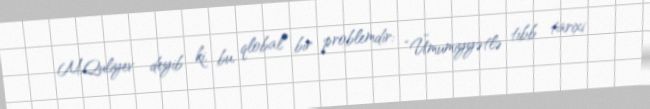
M.Quliyev deyib ki, bu, qlobal bir problemdir: “Ümumiyyətlə tibb tarixi